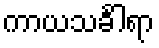
ကာယသင်္ခါရာ